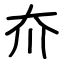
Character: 夼